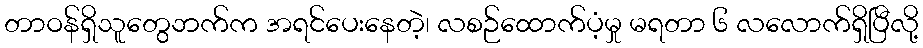
တာဝန်ရှိသူတွေဘက်က အရင်ပေးနေတဲ့၊ လစဉ်ထောက်ပံ့မှု မရတာ ၆ လလောက်ရှိပြီလို့